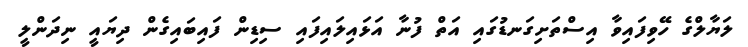
ލަޔާލްގެ ހޭވިފައިވާ އިސްތަށިގަނޑުގައި އަތް ފުނާ އަޅައިލައިފައި ސިޑިން ފައިބައިގެން ދިޔައީ ނިދަންލީ